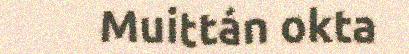
Muittán okta